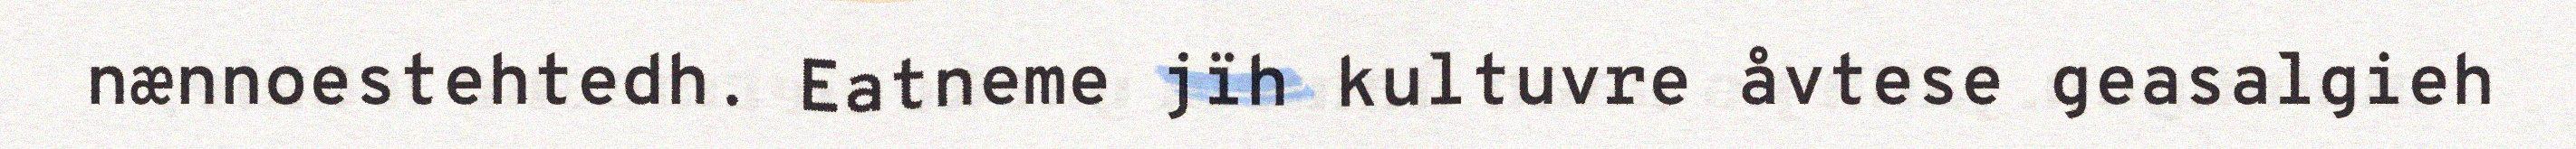
nænnoestehtedh. Eatneme jïh kultuvre åvtese geasalgieh